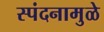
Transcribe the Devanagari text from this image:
स्पंदनामुळे